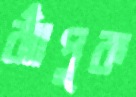
ঝাঁপুক